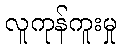
လူကုန်ကူးမှု